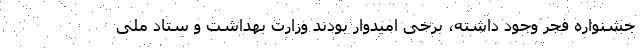
جشنواره فجر وجود داشته، برخی امیدوار بودند وزارت بهداشت و ستاد ملی